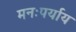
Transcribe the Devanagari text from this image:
मनःपर्याय